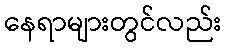
နေရာများတွင်လည်း